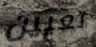
تعيين